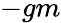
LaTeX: -gm